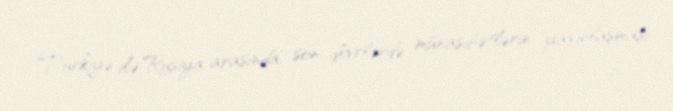
Türkiyə ilə Rusiya arasında son dövrlərdə münasibətlərin yaxınlaşması